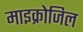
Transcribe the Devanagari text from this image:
माइक्रोजिल